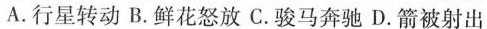
A.行星转动 B.鲜花怒放 C.骏马奔驰 D.箭被射出